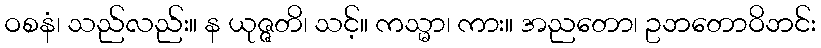
ဝစနံ၊ သည်လည်း။ န ယုဇ္ဇတိ၊ သင့်။ ကသ္မာ၊ ကား။ အညတော၊ ဥဘတောဝိဘင်း